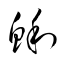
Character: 鯏